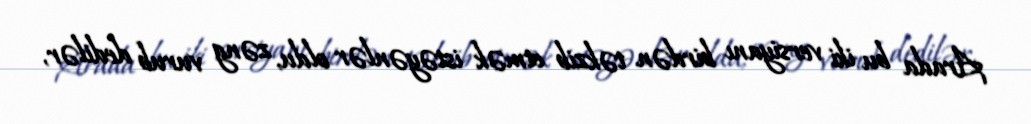
Arada bu iki versiyanı birdən təkzib etmək istəyənlər oldu, zəng vurub dedilər,